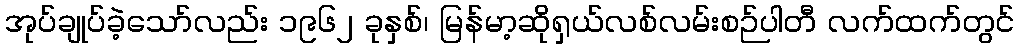
အုပ်ချုပ်ခဲ့သော်လည်း ၁၉၆၂ ခုနှစ်၊ မြန်မာ့ဆိုရှယ်လစ်လမ်းစဉ်ပါတီ လက်ထက်တွင်